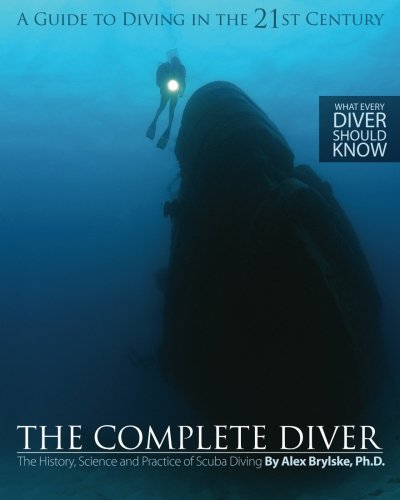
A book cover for The Complete Diver: The History, Science and Practice of Scuba Diving; Alex Brylske Ph.D.; Sports & Outdoors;